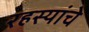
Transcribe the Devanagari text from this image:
रहस्यांचे